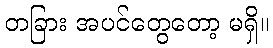
တခြား အပင်တွေတော့ မရှိ။